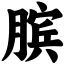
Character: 膑